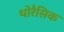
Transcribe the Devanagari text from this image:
थोरैसिक